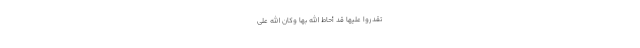
تَقْدِرُوا عَلَيْهَا قَدْ أَحَاطَ اللَّهُ بِهَا وَكَانَ اللَّهُ عَلَى